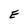
Character: E